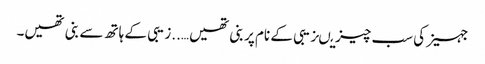
جہیز کی سب چیزیںزیبی کے نام پر بنی تھیں…..زیبی کے ہاتھ سے بنی تھیں۔